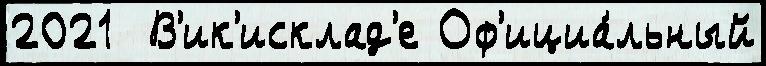
2021  В'ик'исклад'е Оф'ициа́льный